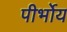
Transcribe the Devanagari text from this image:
पीर्भोय